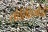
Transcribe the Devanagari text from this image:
तोरितिमोंदो